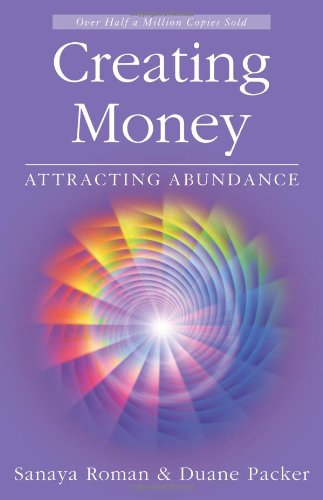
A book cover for Creating Money: Attracting Abundance (Sanaya Roman); Sanaya Roman; Business & Money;